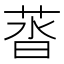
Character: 䓠